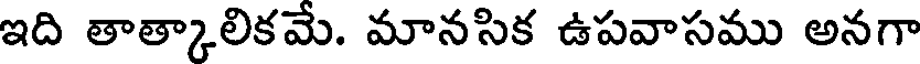
ఇది తాత్కాలికమే. మానసిక ఉపవాసము అనగా